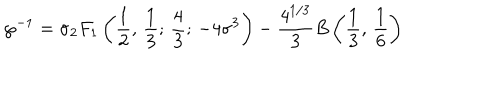
\wp ^ { - 1 } = \sigma { _ { 2 } F _ { 1 } } \left( { \frac { 1 } { 2 } } , \, { \frac { 1 } { 3 } } ; \, { \frac { 4 } { 3 } } ; \, - 4 \sigma ^ { 3 } \right) - { \frac { 4 ^ { 1 / 3 } } { 3 } } B \left( { \frac { 1 } { 3 } } , \, { \frac { 1 } { 6 } } \right)